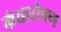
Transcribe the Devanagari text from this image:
कंधारोपण